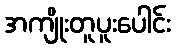
အကျိုးတူပူးပေါင်း